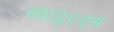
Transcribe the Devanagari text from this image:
फीड्रिएड्स